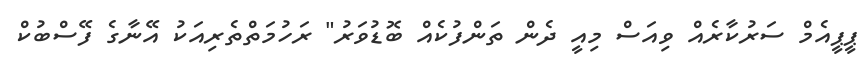
ޕީޕީއެމް ސަރުކާރެއް ވިއަސް މިއީ ދެން ތަންފުކެއް ބޮޑުވަރު" ރަހުމަތްތެރިއަކު އޭނާގެ ފޭސްބުކް